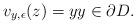
LaTeX: \begin{align*}v_{y,\epsilon}(z)=yy\in \partial D.\end{align*}